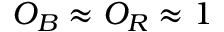
O _ { B } \approx O _ { R } \approx 1